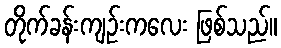
တိုက်ခန်းကျဉ်းကလေး ဖြစ်သည်။